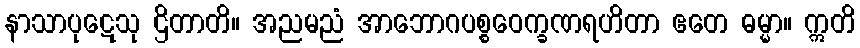
နာသာပုဋေသု ဌိတာတိ။ အညမညံ အာဘောဂပစ္စဝေက္ခဏရဟိတာ ဧတေ ဓမ္မာ။ ဣတိ